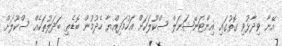
އޭނާ ވިދާޅުވި ގޮތުގައި އިންޓަނޭޝަނަލް ސްކޫލަކަށް އަހުމަދިއްޔާ ހެދުމުން ބޮޑެތި ބަދަލުތަކެއް ސްކޫލަށް